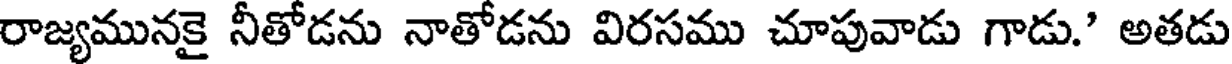
రాజ్యమునకై నీతోడను నాతోడను విరసము చూపువాడు గాడు.' అతడు